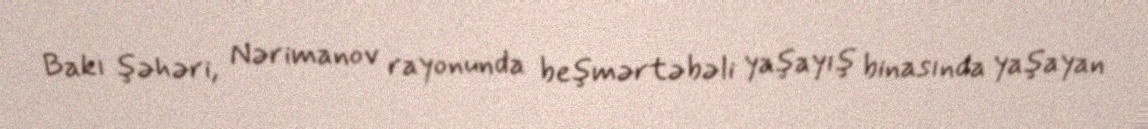
Bakı şəhəri, Nərimanov rayonunda beşmərtəbəli yaşayış binasında yaşayan